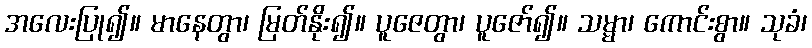
အလေးပြု၍။ မာနေတွာ၊ မြတ်နိုး၍။ ပူဇေတွာ၊ ပူဇော်၍။ သမ္မာ၊ ကောင်းစွာ။ သုခံ၊